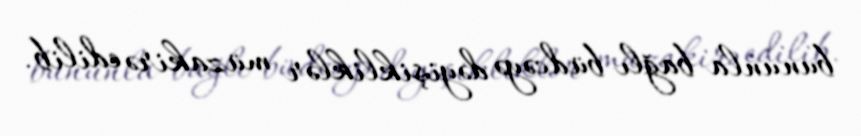
bununla bağlı büdcəyə dəyişikliklər müzakirə edilib.